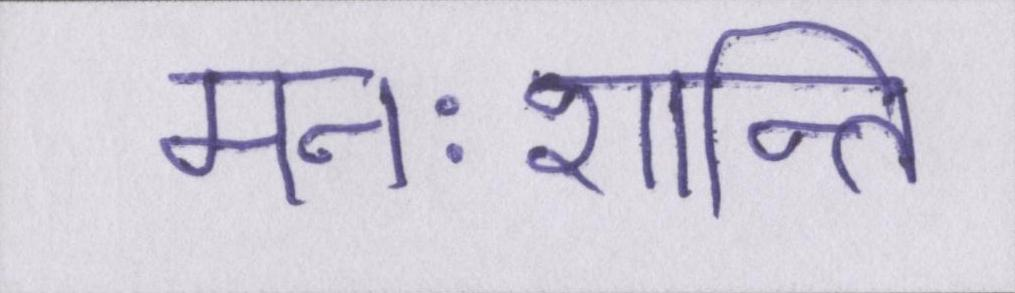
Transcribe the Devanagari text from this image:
मनःशान्ति